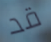
قد